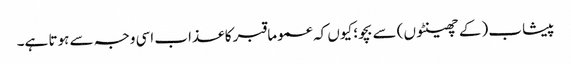
پیشاب (کے چھینٹوں) سے بچو؛ کیوں کہ عموما قبر کا عذاب اسی وجہ سے ہوتا ہے۔